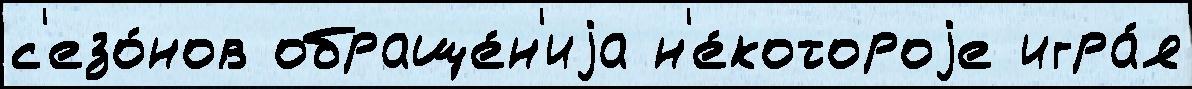
с'езо́нов обраще́н'иjа н'е́котороjе игра́я